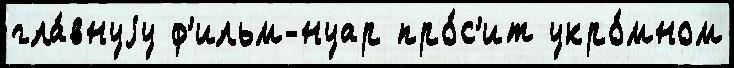
гла́внуjу ф'ильм-нуар про́с'ит укро́мном